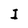
Character: I